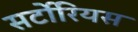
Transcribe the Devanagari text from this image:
सर्टोरियस